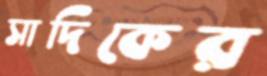
সাদিকের